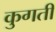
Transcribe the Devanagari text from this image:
कुगती